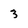
Character: 3